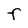
Character: F